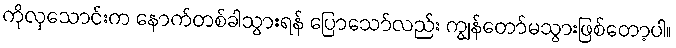
ကိုလှသောင်းက နောက်တစ်ခါသွားရန် ပြောသော်လည်း ကျွန်တော်မသွားဖြစ်တော့ပါ။